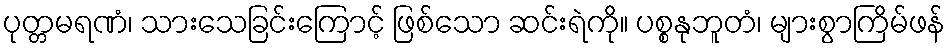
ပုတ္တမရဏံ၊ သားသေခြင်းကြောင့် ဖြစ်သော ဆင်းရဲကို။ ပစ္စနုဘူတံ၊ များစွာကြိမ်ဖန်